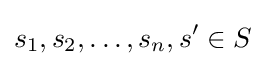
s_{1},s_{2},\ldots ,s_{n},s^{\prime }\in S